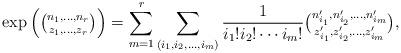
LaTeX: \begin{align*}{\rm exp} \left( \tbinom{n_1,\ldots,n_r}{z_1,\ldots,z_r} \right) =\sum_{m=1}^r\sum_{(i_1,i_2,\ldots,i_m)} \frac{1}{i_1!i_2!\cdots i_m!} \tbinom{n_{i_1}',n_{i_2}',\ldots,n_{i_m}'}{z_{i_1}',z_{i_2}',\ldots,z_{i_m}'},\end{align*}